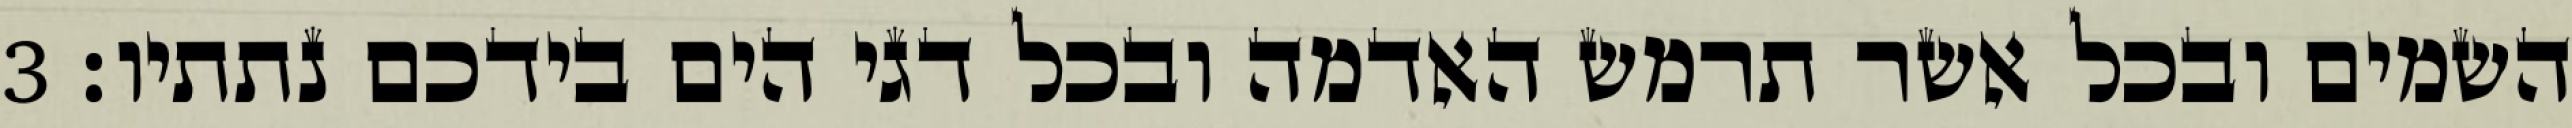
השמים ובכל אשר תרמש האדמה ובכל דגי הים בידכם נתתיו׃ ‎3‏